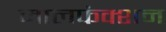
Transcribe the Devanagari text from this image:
मालफंक्शन